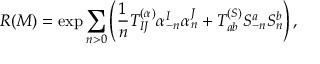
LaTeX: R ( M ) = \exp \sum _ { n > 0 } \left( { \frac { 1 } { n } } T _ { I J } ^ { ( \alpha ) } \alpha _ { - n } ^ { I } { \alpha } _ { n } ^ { J } + T _ { a b } ^ { ( S ) } S _ { - n } ^ { a } { S } _ { n } ^ { b } \right) ,